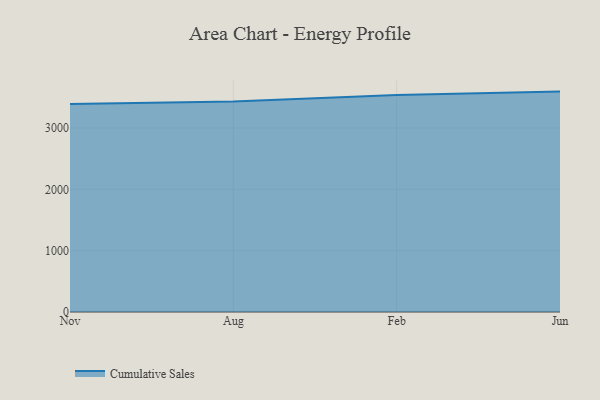
{"axis": {"x": "Month", "y": "Website Visitors"}, "legend": ["Cumulative Sales"], "data": [{"x": "Nov", "y": 3390.2, "type": "Cumulative Sales"}, {"x": "Aug", "y": 3433.2, "type": "Cumulative Sales"}, {"x": "Feb", "y": 3537.8, "type": "Cumulative Sales"}, {"x": "Jun", "y": 3593.3, "type": "Cumulative Sales"}]}